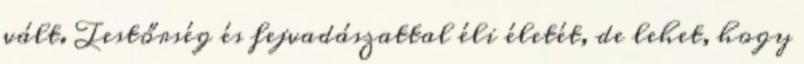
vált. Testőrség és fejvadászattal éli életét, de lehet, hogy